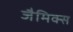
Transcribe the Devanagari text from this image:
जैमिक्स